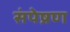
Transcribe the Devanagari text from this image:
संपेष्रण